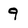
Character: 9